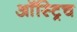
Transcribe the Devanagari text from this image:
ऑस्ट्रिच